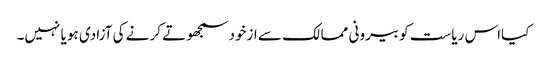
کیااس ریاست کو بیرونی ممالک سے ازخود سمجھوتے کر نے کی آزادی ہو یا نہیں۔